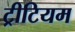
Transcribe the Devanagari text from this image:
ट्रीटियम